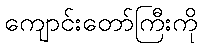
ကျောင်းတော်ကြီးကို